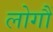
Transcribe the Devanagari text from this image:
लोगौं